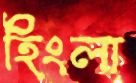
হিংলা